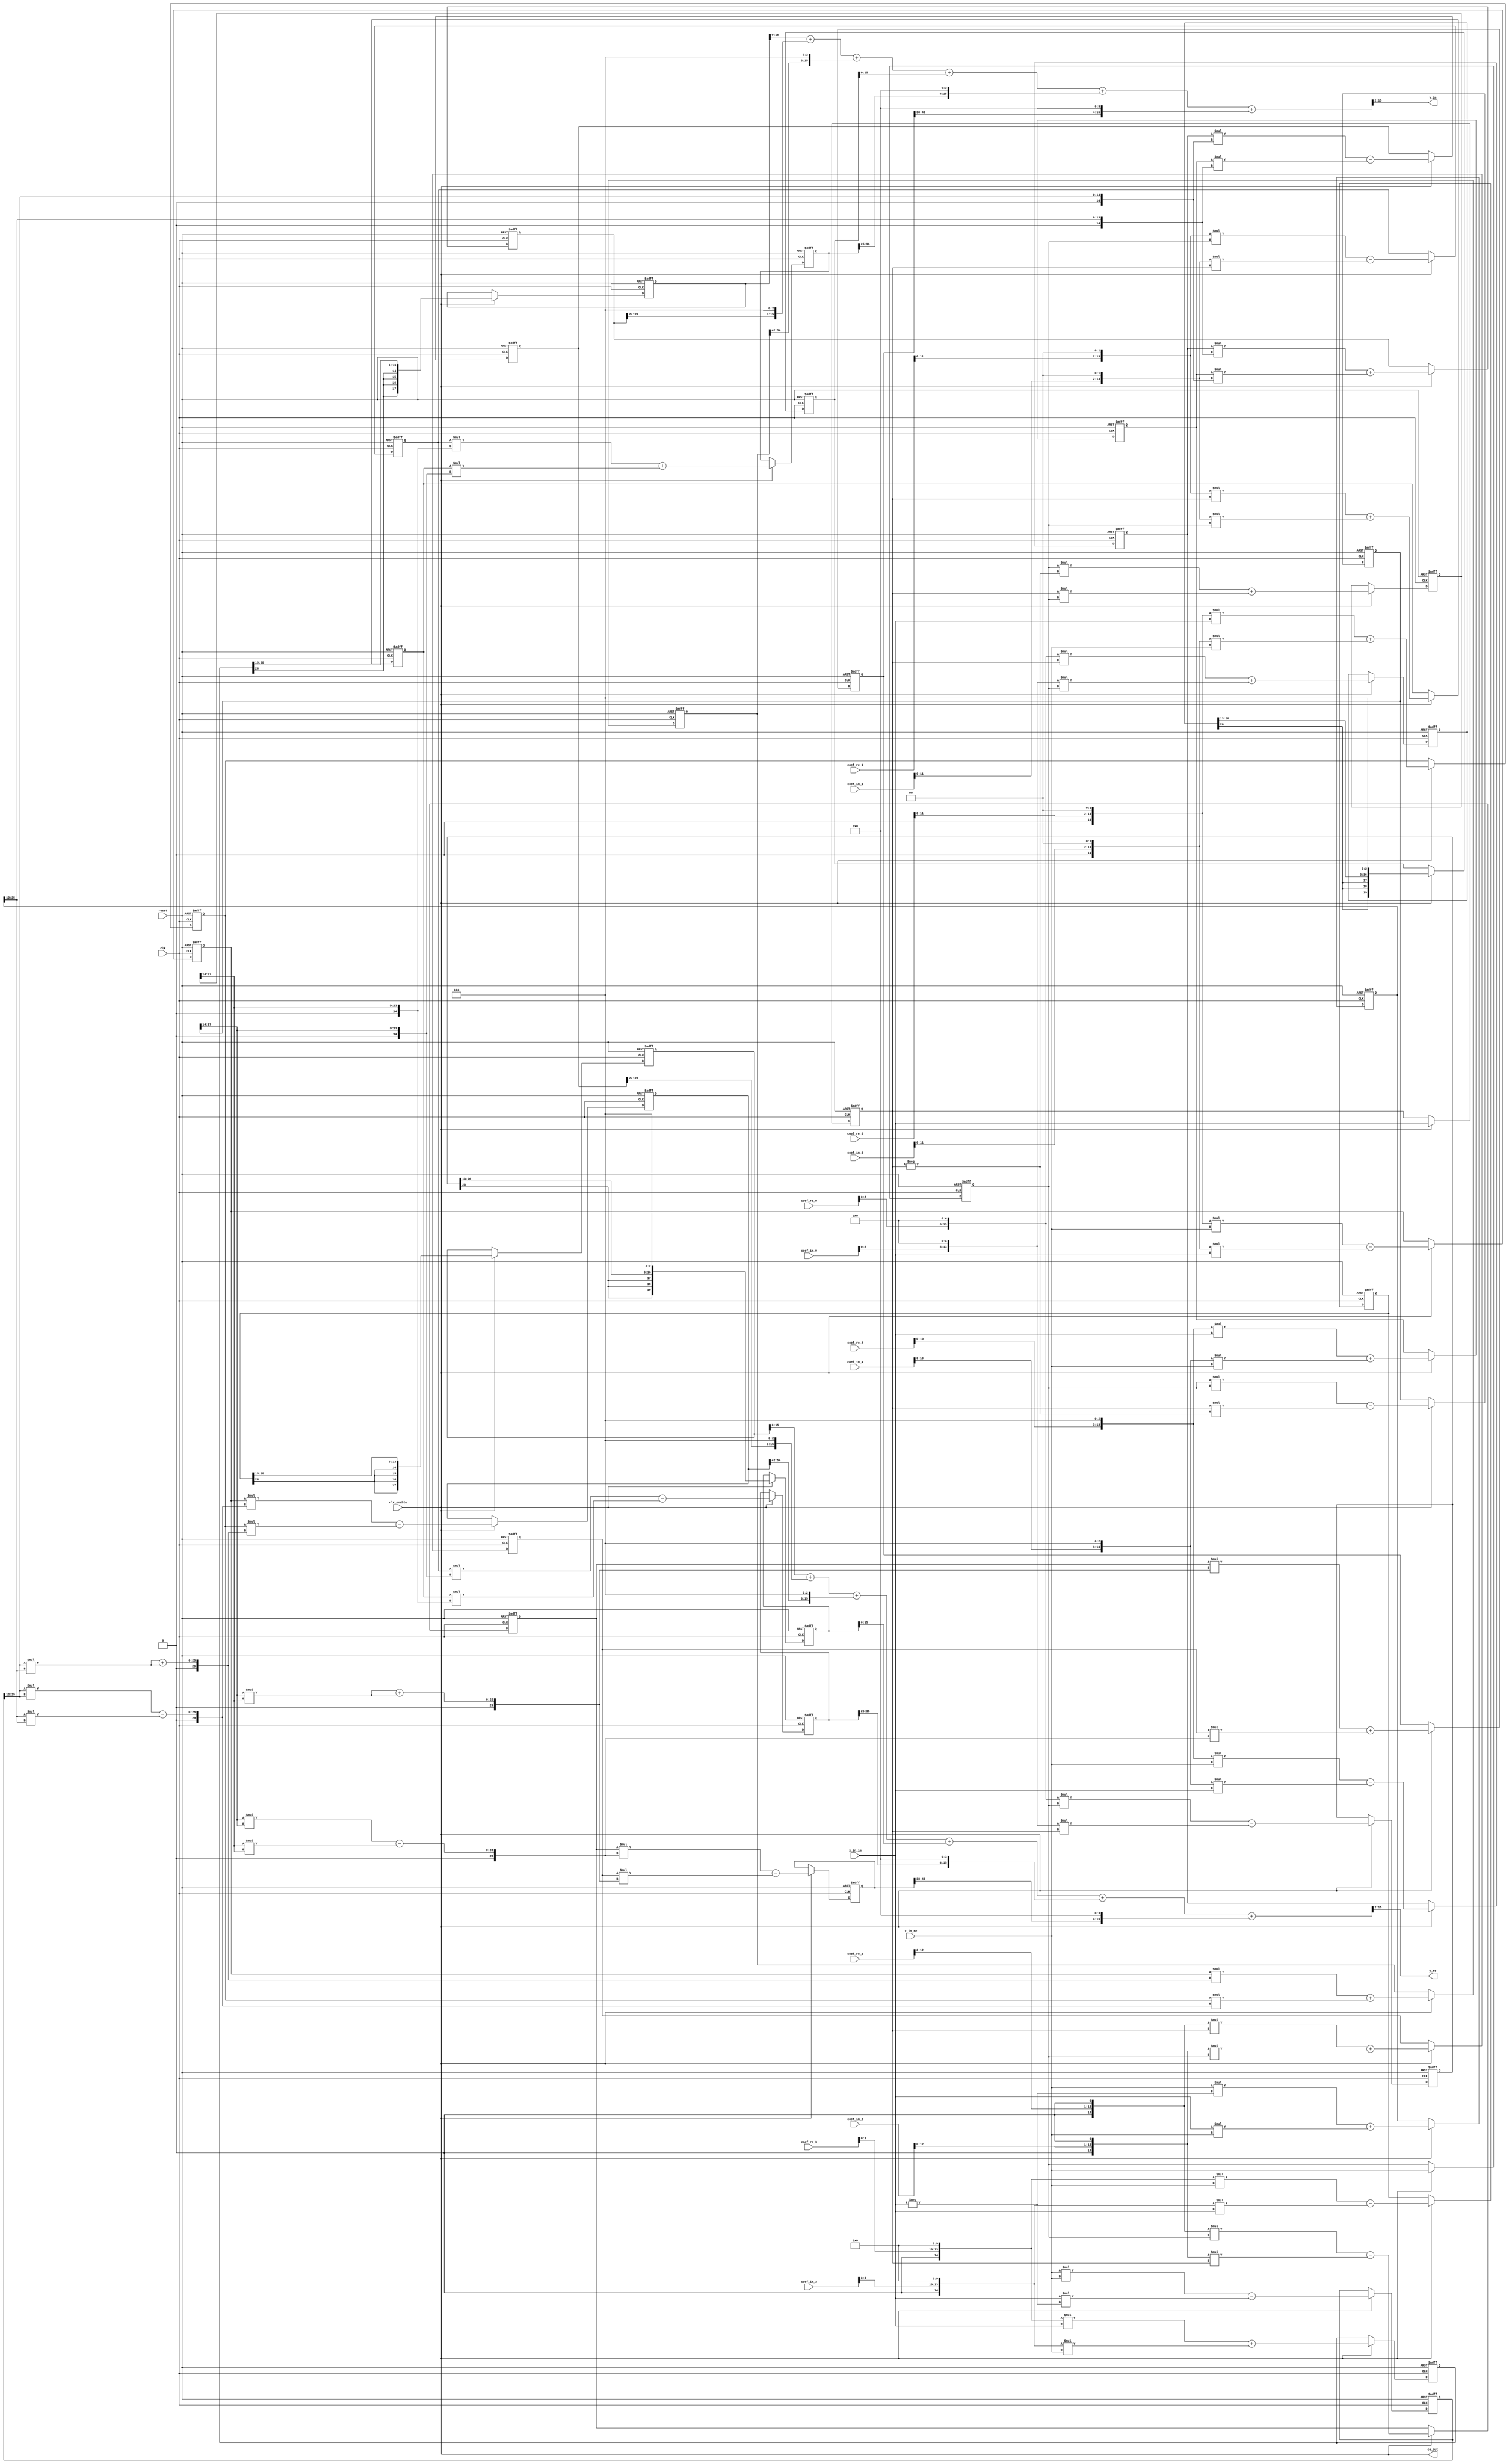
// -------------------------------------------------------------
// 
// 
// Generated by MATLAB 23.2, MATLAB Coder 23.2 and HDL Coder 23.2
// 
// 
// 
// -- -------------------------------------------------------------
// -- Rate and Clocking Details
// -- -------------------------------------------------------------
// Design base rate: 1
// 
// 
// Clock Enable  Sample Time
// -- -------------------------------------------------------------
// ce_out        1
// -- -------------------------------------------------------------
// 
// 
// Output Signal                 Clock Enable  Sample Time
// -- -------------------------------------------------------------
// y_re                          ce_out        1
// y_im                          ce_out        1
// -- -------------------------------------------------------------
// 
// -------------------------------------------------------------


// -------------------------------------------------------------
// 
// Module: Naive_opt_fixpt
// Source Path: Naive_opt_fixpt
// Hierarchy Level: 0
// 
// -------------------------------------------------------------

`timescale 1 ns / 1 ns

module Naive_opt
          (clk,
           reset,
           clk_enable,
           x_in_re,
           x_in_im,
           coef_re_0,
           coef_re_1,
           coef_re_2,
           coef_re_3,
           coef_re_4,
           coef_re_5,
           coef_im_0,
           coef_im_1,
           coef_im_2,
           coef_im_3,
           coef_im_4,
           coef_im_5,
           ce_out,
           y_re,
           y_im);


  input   clk;
  input   reset;
  input   clk_enable;
  input   signed [13:0] x_in_re;  // sfix14_En14
  input   signed [13:0] x_in_im;  // sfix14_En14
  input   signed [13:0] coef_re_0;  // sfix14_En4
  input   signed [13:0] coef_re_1;  // sfix14_En4
  input   signed [13:0] coef_re_2;  // sfix14_En4
  input   signed [13:0] coef_re_3;  // sfix14_En4
  input   signed [13:0] coef_re_4;  // sfix14_En4
  input   signed [13:0] coef_re_5;  // sfix14_En4
  input   signed [13:0] coef_im_0;  // sfix14_En4
  input   signed [13:0] coef_im_1;  // sfix14_En4
  input   signed [13:0] coef_im_2;  // sfix14_En4
  input   signed [13:0] coef_im_3;  // sfix14_En4
  input   signed [13:0] coef_im_4;  // sfix14_En4
  input   signed [13:0] coef_im_5;  // sfix14_En4
  output  ce_out;
  output  signed [13:0] y_re;  // sfix14_En11
  output  signed [13:0] y_im;  // sfix14_En11


  wire enb;
  wire signed [13:0] coef_re [0:2] [0:1];  // sfix14_En4 [3x2]
  wire signed [13:0] coef_im [0:2] [0:1];  // sfix14_En4 [3x2]
  reg signed [13:0] c258_coef_re [0:5];  // sfix14_En4 [6]
  reg signed [13:0] c258_coef_im [0:5];  // sfix14_En4 [6]
  wire signed [13:0] tmp_re;  // sfix14_En4
  wire signed [13:0] tmp_im;  // sfix14_En4
  wire [13:0] tmp_re_1;  // ufix14_En14
  wire [13:0] tmp_im_1;  // ufix14_En14
  wire [13:0] ar;  // ufix14_En14
  wire signed [13:0] br;  // sfix14_En14
  wire [13:0] ai;  // ufix14_En14
  wire signed [13:0] bi;  // sfix14_En14
  wire signed [14:0] multiplier_cast;  // sfix15_En14
  wire signed [28:0] multiplier_mul_temp;  // sfix29_En28
  wire signed [27:0] pr1;  // sfix28_En28
  wire signed [28:0] pr1in;  // sfix29_En28
  wire signed [14:0] multiplier_cast_1;  // sfix15_En14
  wire signed [28:0] multiplier_mul_temp_1;  // sfix29_En28
  wire signed [27:0] pr2;  // sfix28_En28
  wire signed [28:0] pr2in;  // sfix29_En28
  wire signed [28:0] pre;  // sfix29_En28
  wire signed [14:0] multiplier_cast_2;  // sfix15_En14
  wire signed [28:0] multiplier_mul_temp_2;  // sfix29_En28
  wire signed [27:0] pi1;  // sfix28_En28
  wire signed [28:0] pi1in;  // sfix29_En28
  wire signed [14:0] multiplier_cast_3;  // sfix15_En14
  wire signed [28:0] multiplier_mul_temp_3;  // sfix29_En28
  wire signed [27:0] pi2;  // sfix28_En28
  wire signed [28:0] pi2in;  // sfix29_En28
  wire signed [28:0] pim;  // sfix29_En28
  wire signed [28:0] tmp_re_2;  // sfix29_En28
  wire signed [28:0] tmp_im_2;  // sfix29_En28
  reg signed [28:0] tmp_re_3;  // sfix29_En28
  reg signed [28:0] tmp_im_3;  // sfix29_En28
  wire signed [13:0] tmp_re_4;  // sfix14_En13
  wire signed [13:0] tmp_im_4;  // sfix14_En13
  wire signed [17:0] tmp_re_5;  // sfix18_En13
  wire signed [17:0] tmp_im_5;  // sfix18_En13
  reg signed [17:0] tmp_re_6;  // sfix18_En13
  reg signed [17:0] tmp_im_6;  // sfix18_En13
  reg signed [13:0] c260_coef_re [0:5];  // sfix14_En4 [6]
  reg signed [13:0] c260_coef_im [0:5];  // sfix14_En4 [6]
  wire signed [13:0] tmp_re_7;  // sfix14_En4
  wire signed [13:0] tmp_im_7;  // sfix14_En4
  wire signed [13:0] tmp_re_8;  // sfix14_En7
  wire signed [13:0] tmp_im_8;  // sfix14_En7
  wire signed [13:0] ar_1;  // sfix14_En7
  wire signed [13:0] br_1;  // sfix14_En14
  wire signed [13:0] ai_1;  // sfix14_En7
  wire signed [13:0] bi_1;  // sfix14_En14
  wire signed [27:0] pr1_1;  // sfix28_En21
  wire signed [28:0] pr1in_1;  // sfix29_En21
  wire signed [27:0] pr2_1;  // sfix28_En21
  wire signed [28:0] pr2in_1;  // sfix29_En21
  wire signed [28:0] pre_1;  // sfix29_En21
  wire signed [27:0] pi1_1;  // sfix28_En21
  wire signed [28:0] pi1in_1;  // sfix29_En21
  wire signed [27:0] pi2_1;  // sfix28_En21
  wire signed [28:0] pi2in_1;  // sfix29_En21
  wire signed [28:0] pim_1;  // sfix29_En21
  wire signed [28:0] tmp_re_9;  // sfix29_En21
  wire signed [28:0] tmp_im_9;  // sfix29_En21
  wire signed [28:0] ar_2;  // sfix29_En21
  reg signed [28:0] ar_3;  // sfix29_En21
  wire signed [13:0] ar_4;  // sfix14_En14
  wire signed [13:0] tmp;  // sfix14_En14
  wire signed [14:0] p264tmp_cast;  // sfix15_En14
  wire signed [14:0] p264tmp_cast_1;  // sfix15_En14
  wire signed [13:0] tmp_re_10;  // sfix14_En14
  wire signed [13:0] tmp_im_10;  // sfix14_En14
  wire signed [13:0] br_2;  // sfix14_En14
  wire signed [13:0] ai_2;  // sfix14_En14
  wire signed [13:0] bi_2;  // sfix14_En14
  wire signed [27:0] pr1_2;  // sfix28_En28
  wire signed [28:0] pr1in_2;  // sfix29_En28
  wire signed [27:0] pr2_2;  // sfix28_En28
  wire signed [28:0] pr2in_2;  // sfix29_En28
  wire signed [28:0] pre_2;  // sfix29_En28
  wire signed [27:0] pi1_2;  // sfix28_En28
  wire signed [28:0] pi1in_2;  // sfix29_En28
  wire signed [27:0] pi2_2;  // sfix28_En28
  wire signed [28:0] pi2in_2;  // sfix29_En28
  wire signed [28:0] pim_2;  // sfix29_En28
  wire signed [28:0] tmp_re_11;  // sfix29_En28
  wire signed [28:0] tmp_im_11;  // sfix29_En28
  reg signed [28:0] tmp_re_12;  // sfix29_En28
  reg signed [28:0] tmp_im_12;  // sfix29_En28
  wire [13:0] tmp_re_13;  // ufix14_En16
  wire [13:0] tmp_im_13;  // ufix14_En16
  wire [13:0] br_3;  // ufix14_En16
  wire signed [28:0] ai_3;  // sfix29_En21
  reg signed [28:0] ai_4;  // sfix29_En21
  wire [13:0] bi_3;  // ufix14_En16
  wire signed [14:0] multiplier_cast_4;  // sfix15_En16
  wire signed [43:0] multiplier_mul_temp_4;  // sfix44_En37
  wire signed [42:0] pr1_3;  // sfix43_En37
  wire signed [43:0] pr1in_3;  // sfix44_En37
  wire signed [14:0] multiplier_cast_5;  // sfix15_En16
  wire signed [43:0] multiplier_mul_temp_5;  // sfix44_En37
  wire signed [42:0] pr2_3;  // sfix43_En37
  wire signed [43:0] pr2in_3;  // sfix44_En37
  wire signed [43:0] pre_3;  // sfix44_En37
  wire signed [14:0] multiplier_cast_6;  // sfix15_En16
  wire signed [43:0] multiplier_mul_temp_6;  // sfix44_En37
  wire signed [42:0] pi1_3;  // sfix43_En37
  wire signed [43:0] pi1in_3;  // sfix44_En37
  wire signed [14:0] multiplier_cast_7;  // sfix15_En16
  wire signed [43:0] multiplier_mul_temp_7;  // sfix44_En37
  wire signed [42:0] pi2_3;  // sfix43_En37
  wire signed [43:0] pi2in_3;  // sfix44_En37
  wire signed [43:0] pim_3;  // sfix44_En37
  wire signed [43:0] tmp_re_14;  // sfix44_En37
  wire signed [43:0] tmp_im_14;  // sfix44_En37
  reg signed [43:0] tmp_re_15;  // sfix44_En37
  reg signed [43:0] tmp_im_15;  // sfix44_En37
  wire signed [13:0] tmp_re_16;  // sfix14_En10
  wire signed [13:0] tmp_im_16;  // sfix14_En10
  wire signed [17:0] tmp_re_17;  // sfix18_En13
  wire signed [17:0] tmp_im_17;  // sfix18_En13
  wire signed [17:0] tmp_re_18;  // sfix18_En13
  wire signed [17:0] tmp_im_18;  // sfix18_En13
  wire signed [18:0] tmp_re_19;  // sfix19_En13
  wire signed [18:0] tmp_im_19;  // sfix19_En13
  reg signed [13:0] c262_coef_re [0:5];  // sfix14_En4 [6]
  reg signed [13:0] c262_coef_im [0:5];  // sfix14_En4 [6]
  wire signed [13:0] tmp_re_20;  // sfix14_En4
  wire signed [13:0] tmp_im_20;  // sfix14_En4
  wire [13:0] tmp_re_21;  // ufix14_En6
  wire [13:0] tmp_im_21;  // ufix14_En6
  wire [13:0] ar_5;  // ufix14_En6
  wire signed [13:0] br_4;  // sfix14_En14
  wire [13:0] ai_5;  // ufix14_En6
  wire signed [13:0] bi_4;  // sfix14_En14
  wire signed [14:0] multiplier_cast_8;  // sfix15_En6
  wire signed [28:0] multiplier_mul_temp_8;  // sfix29_En20
  wire signed [27:0] pr1_4;  // sfix28_En20
  wire signed [28:0] pr1in_4;  // sfix29_En20
  wire signed [14:0] multiplier_cast_9;  // sfix15_En6
  wire signed [28:0] multiplier_mul_temp_9;  // sfix29_En20
  wire signed [27:0] pr2_4;  // sfix28_En20
  wire signed [28:0] pr2in_4;  // sfix29_En20
  wire signed [28:0] pre_4;  // sfix29_En20
  wire signed [14:0] multiplier_cast_10;  // sfix15_En6
  wire signed [28:0] multiplier_mul_temp_10;  // sfix29_En20
  wire signed [27:0] pi1_4;  // sfix28_En20
  wire signed [28:0] pi1in_4;  // sfix29_En20
  wire signed [14:0] multiplier_cast_11;  // sfix15_En6
  wire signed [28:0] multiplier_mul_temp_11;  // sfix29_En20
  wire signed [27:0] pi2_4;  // sfix28_En20
  wire signed [28:0] pi2in_4;  // sfix29_En20
  wire signed [28:0] pim_4;  // sfix29_En20
  wire signed [28:0] tmp_re_22;  // sfix29_En20
  wire signed [28:0] tmp_im_22;  // sfix29_En20
  wire signed [28:0] ar_6;  // sfix29_En20
  reg signed [28:0] ar_7;  // sfix29_En20
  wire [13:0] ar_8;  // ufix14_En16
  wire [13:0] br_5;  // ufix14_En16
  wire [13:0] ai_6;  // ufix14_En16
  wire [13:0] bi_5;  // ufix14_En16
  wire [27:0] pr1_5;  // ufix28_En32
  wire [28:0] pr1in_5;  // ufix29_En32
  wire [27:0] pr2_5;  // ufix28_En32
  wire [28:0] pr2in_5;  // ufix29_En32
  wire [28:0] pre_5;  // ufix29_En32
  wire [27:0] pi1_5;  // ufix28_En32
  wire [28:0] pi1in_5;  // ufix29_En32
  wire [27:0] pi2_5;  // ufix28_En32
  wire [28:0] pi2in_5;  // ufix29_En32
  wire [28:0] pim_5;  // ufix29_En32
  wire [28:0] tmp_re_23;  // ufix29_En32
  wire [28:0] tmp_im_23;  // ufix29_En32
  wire [28:0] br_6;  // ufix29_En32
  wire signed [28:0] ai_7;  // sfix29_En20
  reg signed [28:0] ai_8;  // sfix29_En20
  wire [28:0] bi_6;  // ufix29_En32
  wire signed [29:0] multiplier_cast_12;  // sfix30_En32
  wire signed [58:0] multiplier_mul_temp_12;  // sfix59_En52
  wire signed [57:0] pr1_6;  // sfix58_En52
  wire signed [58:0] pr1in_6;  // sfix59_En52
  wire signed [29:0] multiplier_cast_13;  // sfix30_En32
  wire signed [58:0] multiplier_mul_temp_13;  // sfix59_En52
  wire signed [57:0] pr2_6;  // sfix58_En52
  wire signed [58:0] pr2in_6;  // sfix59_En52
  wire signed [58:0] pre_6;  // sfix59_En52
  wire signed [29:0] multiplier_cast_14;  // sfix30_En32
  wire signed [58:0] multiplier_mul_temp_14;  // sfix59_En52
  wire signed [57:0] pi1_6;  // sfix58_En52
  wire signed [58:0] pi1in_6;  // sfix59_En52
  wire signed [29:0] multiplier_cast_15;  // sfix30_En32
  wire signed [58:0] multiplier_mul_temp_15;  // sfix59_En52
  wire signed [57:0] pi2_6;  // sfix58_En52
  wire signed [58:0] pi2in_6;  // sfix59_En52
  wire signed [58:0] pim_6;  // sfix59_En52
  wire signed [58:0] tmp_re_24;  // sfix59_En52
  wire signed [58:0] tmp_im_24;  // sfix59_En52
  reg signed [58:0] tmp_re_25;  // sfix59_En52
  reg signed [58:0] tmp_im_25;  // sfix59_En52
  wire signed [13:0] tmp_re_26;  // sfix14_En10
  wire signed [13:0] tmp_im_26;  // sfix14_En10
  wire signed [18:0] tmp_re_27;  // sfix19_En13
  wire signed [18:0] tmp_im_27;  // sfix19_En13
  wire signed [18:0] tmp_re_28;  // sfix19_En13
  wire signed [18:0] tmp_im_28;  // sfix19_En13
  wire signed [19:0] tmp_re_29;  // sfix20_En13
  wire signed [19:0] tmp_im_29;  // sfix20_En13
  reg signed [13:0] c257_coef_re [0:5];  // sfix14_En4 [6]
  reg signed [13:0] c257_coef_im [0:5];  // sfix14_En4 [6]
  wire signed [13:0] tmp_re_30;  // sfix14_En4
  wire signed [13:0] tmp_im_30;  // sfix14_En4
  wire signed [13:0] tmp_re_31;  // sfix14_En9
  wire signed [13:0] tmp_im_31;  // sfix14_En9
  wire signed [13:0] ar_9;  // sfix14_En9
  reg signed [13:0] ud1_re;  // sfix14_En14
  reg signed [13:0] ud1_im;  // sfix14_En14
  wire signed [13:0] br_7;  // sfix14_En14
  wire signed [13:0] ai_9;  // sfix14_En9
  wire signed [13:0] bi_7;  // sfix14_En14
  wire signed [27:0] pr1_7;  // sfix28_En23
  wire signed [28:0] pr1in_7;  // sfix29_En23
  wire signed [27:0] pr2_7;  // sfix28_En23
  wire signed [28:0] pr2in_7;  // sfix29_En23
  wire signed [28:0] pre_7;  // sfix29_En23
  wire signed [27:0] pi1_7;  // sfix28_En23
  wire signed [28:0] pi1in_7;  // sfix29_En23
  wire signed [27:0] pi2_7;  // sfix28_En23
  wire signed [28:0] pi2in_7;  // sfix29_En23
  wire signed [28:0] pim_7;  // sfix29_En23
  wire signed [28:0] tmp_re_32;  // sfix29_En23
  wire signed [28:0] tmp_im_32;  // sfix29_En23
  reg signed [28:0] tmp_re_33;  // sfix29_En23
  reg signed [28:0] tmp_im_33;  // sfix29_En23
  wire signed [13:0] tmp_re_34;  // sfix14_En10
  wire signed [13:0] tmp_im_34;  // sfix14_En10
  wire signed [19:0] tmp_re_35;  // sfix20_En13
  wire signed [19:0] tmp_im_35;  // sfix20_En13
  reg signed [19:0] tmp_re_36;  // sfix20_En13
  reg signed [19:0] tmp_im_36;  // sfix20_En13
  wire signed [19:0] tmp_re_37;  // sfix20_En13
  wire signed [19:0] tmp_im_37;  // sfix20_En13
  wire signed [20:0] tmp_re_38;  // sfix21_En13
  wire signed [20:0] tmp_im_38;  // sfix21_En13
  reg signed [13:0] c259_coef_re [0:5];  // sfix14_En4 [6]
  reg signed [13:0] c259_coef_im [0:5];  // sfix14_En4 [6]
  wire signed [13:0] tmp_re_39;  // sfix14_En4
  wire signed [13:0] tmp_im_39;  // sfix14_En4
  wire signed [13:0] tmp_re_40;  // sfix14_En6
  wire signed [13:0] tmp_im_40;  // sfix14_En6
  wire signed [13:0] ar_10;  // sfix14_En6
  wire signed [13:0] br_8;  // sfix14_En14
  wire signed [13:0] ai_10;  // sfix14_En6
  wire signed [13:0] bi_8;  // sfix14_En14
  wire signed [27:0] pr1_8;  // sfix28_En20
  wire signed [28:0] pr1in_8;  // sfix29_En20
  wire signed [27:0] pr2_8;  // sfix28_En20
  wire signed [28:0] pr2in_8;  // sfix29_En20
  wire signed [28:0] pre_8;  // sfix29_En20
  wire signed [27:0] pi1_8;  // sfix28_En20
  wire signed [28:0] pi1in_8;  // sfix29_En20
  wire signed [27:0] pi2_8;  // sfix28_En20
  wire signed [28:0] pi2in_8;  // sfix29_En20
  wire signed [28:0] pim_8;  // sfix29_En20
  wire signed [28:0] tmp_re_41;  // sfix29_En20
  wire signed [28:0] tmp_im_41;  // sfix29_En20
  wire signed [28:0] ar_11;  // sfix29_En20
  reg signed [28:0] ar_12;  // sfix29_En20
  wire signed [13:0] ar_13;  // sfix14_En14
  wire signed [13:0] tmp_1;  // sfix14_En14
  wire signed [14:0] p272tmp_cast;  // sfix15_En14
  wire signed [14:0] p272tmp_cast_1;  // sfix15_En14
  wire signed [13:0] tmp_re_42;  // sfix14_En14
  wire signed [13:0] tmp_im_42;  // sfix14_En14
  wire signed [13:0] br_9;  // sfix14_En14
  wire signed [13:0] ai_11;  // sfix14_En14
  wire signed [13:0] bi_9;  // sfix14_En14
  wire signed [27:0] pr1_9;  // sfix28_En28
  wire signed [28:0] pr1in_9;  // sfix29_En28
  wire signed [27:0] pr2_9;  // sfix28_En28
  wire signed [28:0] pr2in_9;  // sfix29_En28
  wire signed [28:0] pre_9;  // sfix29_En28
  wire signed [27:0] pi1_9;  // sfix28_En28
  wire signed [28:0] pi1in_9;  // sfix29_En28
  wire signed [27:0] pi2_9;  // sfix28_En28
  wire signed [28:0] pi2in_9;  // sfix29_En28
  wire signed [28:0] pim_9;  // sfix29_En28
  wire signed [28:0] tmp_re_43;  // sfix29_En28
  wire signed [28:0] tmp_im_43;  // sfix29_En28
  reg signed [28:0] tmp_re_44;  // sfix29_En28
  reg signed [28:0] tmp_im_44;  // sfix29_En28
  wire [13:0] tmp_re_45;  // ufix14_En14
  wire [13:0] tmp_im_45;  // ufix14_En14
  wire [13:0] br_10;  // ufix14_En14
  wire signed [28:0] ai_12;  // sfix29_En20
  reg signed [28:0] ai_13;  // sfix29_En20
  wire [13:0] bi_10;  // ufix14_En14
  wire signed [14:0] multiplier_cast_16;  // sfix15_En14
  wire signed [43:0] multiplier_mul_temp_16;  // sfix44_En34
  wire signed [42:0] pr1_10;  // sfix43_En34
  wire signed [43:0] pr1in_10;  // sfix44_En34
  wire signed [14:0] multiplier_cast_17;  // sfix15_En14
  wire signed [43:0] multiplier_mul_temp_17;  // sfix44_En34
  wire signed [42:0] pr2_10;  // sfix43_En34
  wire signed [43:0] pr2in_10;  // sfix44_En34
  wire signed [43:0] pre_10;  // sfix44_En34
  wire signed [14:0] multiplier_cast_18;  // sfix15_En14
  wire signed [43:0] multiplier_mul_temp_18;  // sfix44_En34
  wire signed [42:0] pi1_10;  // sfix43_En34
  wire signed [43:0] pi1in_10;  // sfix44_En34
  wire signed [14:0] multiplier_cast_19;  // sfix15_En14
  wire signed [43:0] multiplier_mul_temp_19;  // sfix44_En34
  wire signed [42:0] pi2_10;  // sfix43_En34
  wire signed [43:0] pi2in_10;  // sfix44_En34
  wire signed [43:0] pim_10;  // sfix44_En34
  wire signed [43:0] tmp_re_46;  // sfix44_En34
  wire signed [43:0] tmp_im_46;  // sfix44_En34
  reg signed [43:0] tmp_re_47;  // sfix44_En34
  reg signed [43:0] tmp_im_47;  // sfix44_En34
  wire signed [13:0] tmp_re_48;  // sfix14_En9
  wire signed [13:0] tmp_im_48;  // sfix14_En9
  wire signed [20:0] tmp_re_49;  // sfix21_En13
  wire signed [20:0] tmp_im_49;  // sfix21_En13
  wire signed [20:0] tmp_re_50;  // sfix21_En13
  wire signed [20:0] tmp_im_50;  // sfix21_En13
  wire signed [21:0] tmp_re_51;  // sfix22_En13
  wire signed [21:0] tmp_im_51;  // sfix22_En13
  reg signed [13:0] c261_coef_re [0:5];  // sfix14_En4 [6]
  reg signed [13:0] c261_coef_im [0:5];  // sfix14_En4 [6]
  wire signed [13:0] tmp_re_52;  // sfix14_En4
  wire signed [13:0] tmp_im_52;  // sfix14_En4
  wire [13:0] tmp_re_53;  // ufix14_En5
  wire [13:0] tmp_im_53;  // ufix14_En5
  wire [13:0] ar_14;  // ufix14_En5
  wire signed [13:0] br_11;  // sfix14_En14
  wire [13:0] ai_14;  // ufix14_En5
  wire signed [13:0] bi_11;  // sfix14_En14
  wire signed [14:0] multiplier_cast_20;  // sfix15_En5
  wire signed [28:0] multiplier_mul_temp_20;  // sfix29_En19
  wire signed [27:0] pr1_11;  // sfix28_En19
  wire signed [28:0] pr1in_11;  // sfix29_En19
  wire signed [14:0] multiplier_cast_21;  // sfix15_En5
  wire signed [28:0] multiplier_mul_temp_21;  // sfix29_En19
  wire signed [27:0] pr2_11;  // sfix28_En19
  wire signed [28:0] pr2in_11;  // sfix29_En19
  wire signed [28:0] pre_11;  // sfix29_En19
  wire signed [14:0] multiplier_cast_22;  // sfix15_En5
  wire signed [28:0] multiplier_mul_temp_22;  // sfix29_En19
  wire signed [27:0] pi1_11;  // sfix28_En19
  wire signed [28:0] pi1in_11;  // sfix29_En19
  wire signed [14:0] multiplier_cast_23;  // sfix15_En5
  wire signed [28:0] multiplier_mul_temp_23;  // sfix29_En19
  wire signed [27:0] pi2_11;  // sfix28_En19
  wire signed [28:0] pi2in_11;  // sfix29_En19
  wire signed [28:0] pim_11;  // sfix29_En19
  wire signed [28:0] tmp_re_54;  // sfix29_En19
  wire signed [28:0] tmp_im_54;  // sfix29_En19
  wire signed [28:0] ar_15;  // sfix29_En19
  reg signed [28:0] ar_16;  // sfix29_En19
  wire [13:0] ar_17;  // ufix14_En14
  wire [13:0] br_12;  // ufix14_En14
  wire [13:0] ai_15;  // ufix14_En14
  wire [13:0] bi_12;  // ufix14_En14
  wire [27:0] pr1_12;  // ufix28_En28
  wire [28:0] pr1in_12;  // ufix29_En28
  wire [27:0] pr2_12;  // ufix28_En28
  wire [28:0] pr2in_12;  // ufix29_En28
  wire [28:0] pre_12;  // ufix29_En28
  wire [27:0] pi1_12;  // ufix28_En28
  wire [28:0] pi1in_12;  // ufix29_En28
  wire [27:0] pi2_12;  // ufix28_En28
  wire [28:0] pi2in_12;  // ufix29_En28
  wire [28:0] pim_12;  // ufix29_En28
  wire [28:0] tmp_re_55;  // ufix29_En28
  wire [28:0] tmp_im_55;  // ufix29_En28
  wire [28:0] br_13;  // ufix29_En28
  wire signed [28:0] ai_16;  // sfix29_En19
  reg signed [28:0] ai_17;  // sfix29_En19
  wire [28:0] bi_13;  // ufix29_En28
  wire signed [29:0] multiplier_cast_24;  // sfix30_En28
  wire signed [58:0] multiplier_mul_temp_24;  // sfix59_En47
  wire signed [57:0] pr1_13;  // sfix58_En47
  wire signed [58:0] pr1in_13;  // sfix59_En47
  wire signed [29:0] multiplier_cast_25;  // sfix30_En28
  wire signed [58:0] multiplier_mul_temp_25;  // sfix59_En47
  wire signed [57:0] pr2_13;  // sfix58_En47
  wire signed [58:0] pr2in_13;  // sfix59_En47
  wire signed [58:0] pre_13;  // sfix59_En47
  wire signed [29:0] multiplier_cast_26;  // sfix30_En28
  wire signed [58:0] multiplier_mul_temp_26;  // sfix59_En47
  wire signed [57:0] pi1_13;  // sfix58_En47
  wire signed [58:0] pi1in_13;  // sfix59_En47
  wire signed [29:0] multiplier_cast_27;  // sfix30_En28
  wire signed [58:0] multiplier_mul_temp_27;  // sfix59_En47
  wire signed [57:0] pi2_13;  // sfix58_En47
  wire signed [58:0] pi2in_13;  // sfix59_En47
  wire signed [58:0] pim_13;  // sfix59_En47
  wire signed [58:0] tmp_re_56;  // sfix59_En47
  wire signed [58:0] tmp_im_56;  // sfix59_En47
  reg signed [58:0] tmp_re_57;  // sfix59_En47
  reg signed [58:0] tmp_im_57;  // sfix59_En47
  wire signed [13:0] tmp_re_58;  // sfix14_En9
  wire signed [13:0] tmp_im_58;  // sfix14_En9
  wire signed [21:0] tmp_re_59;  // sfix22_En13
  wire signed [21:0] tmp_im_59;  // sfix22_En13
  wire signed [21:0] tmp_re_60;  // sfix22_En13
  wire signed [21:0] tmp_im_60;  // sfix22_En13


  assign coef_re[0][0] = coef_re_0;
  assign coef_re[1][0] = coef_re_1;
  assign coef_re[2][0] = coef_re_2;
  assign coef_re[0][1] = coef_re_3;
  assign coef_re[1][1] = coef_re_4;
  assign coef_re[2][1] = coef_re_5;

  assign coef_im[0][0] = coef_im_0;
  assign coef_im[1][0] = coef_im_1;
  assign coef_im[2][0] = coef_im_2;
  assign coef_im[0][1] = coef_im_3;
  assign coef_im[1][1] = coef_im_4;
  assign coef_im[2][1] = coef_im_5;

  always @* begin
    c258_coef_re[0] = coef_re[0][0];
    c258_coef_im[0] = coef_im[0][0];
    c258_coef_re[1] = coef_re[1][0];
    c258_coef_im[1] = coef_im[1][0];
    c258_coef_re[2] = coef_re[2][0];
    c258_coef_im[2] = coef_im[2][0];
    c258_coef_re[3] = coef_re[0][1];
    c258_coef_im[3] = coef_im[0][1];
    c258_coef_re[4] = coef_re[1][1];
    c258_coef_im[4] = coef_im[1][1];
    c258_coef_re[5] = coef_re[2][1];
    c258_coef_im[5] = coef_im[2][1];
  end



  assign tmp_re = c258_coef_re[3];
  assign tmp_im = c258_coef_im[3];



  assign tmp_re_1 = {tmp_re[3:0], 10'b0000000000};
  assign tmp_im_1 = {tmp_im[3:0], 10'b0000000000};



  // nonlinear part
  assign ar = tmp_re_1;



  assign br = x_in_re;



  assign ai = tmp_im_1;



  assign bi = x_in_im;



  assign multiplier_cast = {1'b0, ar};
  assign multiplier_mul_temp = multiplier_cast * br;
  assign pr1 = multiplier_mul_temp[27:0];



  assign pr1in = {pr1[27], pr1};



  assign multiplier_cast_1 = {1'b0, ai};
  assign multiplier_mul_temp_1 = multiplier_cast_1 * bi;
  assign pr2 = multiplier_mul_temp_1[27:0];



  assign pr2in = {pr2[27], pr2};



  assign pre = pr1in - pr2in;



  assign multiplier_cast_2 = {1'b0, ar};
  assign multiplier_mul_temp_2 = multiplier_cast_2 * bi;
  assign pi1 = multiplier_mul_temp_2[27:0];



  assign pi1in = {pi1[27], pi1};



  assign multiplier_cast_3 = {1'b0, ai};
  assign multiplier_mul_temp_3 = multiplier_cast_3 * br;
  assign pi2 = multiplier_mul_temp_3[27:0];



  assign pi2in = {pi2[27], pi2};



  assign pim = pi1in + pi2in;



  assign tmp_re_2 = pre;
  assign tmp_im_2 = pim;



  assign enb = clk_enable;

  always @(posedge clk or posedge reset)
    begin : buff_out_pipe_process
      if (reset == 1'b1) begin
        tmp_re_3 <= 29'sb00000000000000000000000000000;
        tmp_im_3 <= 29'sb00000000000000000000000000000;
      end
      else begin
        if (enb) begin
          tmp_re_3 <= tmp_re_2;
          tmp_im_3 <= tmp_im_2;
        end
      end
    end



  assign tmp_re_4 = tmp_re_3[28:15];
  assign tmp_im_4 = tmp_im_3[28:15];



  assign tmp_re_5 = {{4{tmp_re_4[13]}}, tmp_re_4};
  assign tmp_im_5 = {{4{tmp_im_4[13]}}, tmp_im_4};



  always @(posedge clk or posedge reset)
    begin : delayMatch_process
      if (reset == 1'b1) begin
        tmp_re_6 <= 18'sb000000000000000000;
        tmp_im_6 <= 18'sb000000000000000000;
      end
      else begin
        if (enb) begin
          tmp_re_6 <= tmp_re_5;
          tmp_im_6 <= tmp_im_5;
        end
      end
    end



  always @* begin
    c260_coef_re[0] = coef_re[0][0];
    c260_coef_im[0] = coef_im[0][0];
    c260_coef_re[1] = coef_re[1][0];
    c260_coef_im[1] = coef_im[1][0];
    c260_coef_re[2] = coef_re[2][0];
    c260_coef_im[2] = coef_im[2][0];
    c260_coef_re[3] = coef_re[0][1];
    c260_coef_im[3] = coef_im[0][1];
    c260_coef_re[4] = coef_re[1][1];
    c260_coef_im[4] = coef_im[1][1];
    c260_coef_re[5] = coef_re[2][1];
    c260_coef_im[5] = coef_im[2][1];
  end



  assign tmp_re_7 = c260_coef_re[4];
  assign tmp_im_7 = c260_coef_im[4];



  assign tmp_re_8 = {tmp_re_7[10:0], 3'b000};
  assign tmp_im_8 = {tmp_im_7[10:0], 3'b000};



  assign ar_1 = tmp_re_8;



  assign br_1 = x_in_re;



  assign ai_1 = tmp_im_8;



  assign bi_1 = x_in_im;



  assign pr1_1 = ar_1 * br_1;



  assign pr1in_1 = {pr1_1[27], pr1_1};



  assign pr2_1 = ai_1 * bi_1;



  assign pr2in_1 = {pr2_1[27], pr2_1};



  assign pre_1 = pr1in_1 - pr2in_1;



  assign pi1_1 = ar_1 * bi_1;



  assign pi1in_1 = {pi1_1[27], pi1_1};



  assign pi2_1 = ai_1 * br_1;



  assign pi2in_1 = {pi2_1[27], pi2_1};



  assign pim_1 = pi1in_1 + pi2in_1;



  assign tmp_re_9 = pre_1;
  assign tmp_im_9 = pim_1;



  assign ar_2 = tmp_re_9;



  always @(posedge clk or posedge reset)
    begin : reduced_process
      if (reset == 1'b1) begin
        ar_3 <= 29'sb00000000000000000000000000000;
      end
      else begin
        if (enb) begin
          ar_3 <= ar_2;
        end
      end
    end



  assign ar_4 = x_in_re;



  // module
  // 
  // 
  // 
  assign p264tmp_cast = {x_in_im[13], x_in_im};
  assign p264tmp_cast_1 =  - (p264tmp_cast);
  assign tmp = p264tmp_cast_1[13:0];



  assign tmp_re_10 = x_in_re;
  assign tmp_im_10 = tmp;



  assign br_2 = tmp_re_10;



  assign ai_2 = x_in_im;



  assign bi_2 = tmp_im_10;



  assign pr1_2 = ar_4 * br_2;



  assign pr1in_2 = {pr1_2[27], pr1_2};



  assign pr2_2 = ai_2 * bi_2;



  assign pr2in_2 = {pr2_2[27], pr2_2};



  assign pre_2 = pr1in_2 - pr2in_2;



  assign pi1_2 = ar_4 * bi_2;



  assign pi1in_2 = {pi1_2[27], pi1_2};



  assign pi2_2 = ai_2 * br_2;



  assign pi2in_2 = {pi2_2[27], pi2_2};



  assign pim_2 = pi1in_2 + pi2in_2;



  assign tmp_re_11 = pre_2;
  assign tmp_im_11 = pim_2;



  always @(posedge clk or posedge reset)
    begin : buff_out_pipe_1_process
      if (reset == 1'b1) begin
        tmp_re_12 <= 29'sb00000000000000000000000000000;
        tmp_im_12 <= 29'sb00000000000000000000000000000;
      end
      else begin
        if (enb) begin
          tmp_re_12 <= tmp_re_11;
          tmp_im_12 <= tmp_im_11;
        end
      end
    end



  assign tmp_re_13 = tmp_re_12[25:12];
  assign tmp_im_13 = tmp_im_12[25:12];



  assign br_3 = tmp_re_13;



  assign ai_3 = tmp_im_9;



  always @(posedge clk or posedge reset)
    begin : reduced_1_process
      if (reset == 1'b1) begin
        ai_4 <= 29'sb00000000000000000000000000000;
      end
      else begin
        if (enb) begin
          ai_4 <= ai_3;
        end
      end
    end



  assign bi_3 = tmp_im_13;



  assign multiplier_cast_4 = {1'b0, br_3};
  assign multiplier_mul_temp_4 = ar_3 * multiplier_cast_4;
  assign pr1_3 = multiplier_mul_temp_4[42:0];



  assign pr1in_3 = {pr1_3[42], pr1_3};



  assign multiplier_cast_5 = {1'b0, bi_3};
  assign multiplier_mul_temp_5 = ai_4 * multiplier_cast_5;
  assign pr2_3 = multiplier_mul_temp_5[42:0];



  assign pr2in_3 = {pr2_3[42], pr2_3};



  assign pre_3 = pr1in_3 - pr2in_3;



  assign multiplier_cast_6 = {1'b0, bi_3};
  assign multiplier_mul_temp_6 = ar_3 * multiplier_cast_6;
  assign pi1_3 = multiplier_mul_temp_6[42:0];



  assign pi1in_3 = {pi1_3[42], pi1_3};



  assign multiplier_cast_7 = {1'b0, br_3};
  assign multiplier_mul_temp_7 = ai_4 * multiplier_cast_7;
  assign pi2_3 = multiplier_mul_temp_7[42:0];



  assign pi2in_3 = {pi2_3[42], pi2_3};



  assign pim_3 = pi1in_3 + pi2in_3;



  assign tmp_re_14 = pre_3;
  assign tmp_im_14 = pim_3;



  always @(posedge clk or posedge reset)
    begin : buff_out_pipe_2_process
      if (reset == 1'b1) begin
        tmp_re_15 <= 44'sh00000000000;
        tmp_im_15 <= 44'sh00000000000;
      end
      else begin
        if (enb) begin
          tmp_re_15 <= tmp_re_14;
          tmp_im_15 <= tmp_im_14;
        end
      end
    end



  assign tmp_re_16 = tmp_re_15[40:27];
  assign tmp_im_16 = tmp_im_15[40:27];



  assign tmp_re_17 = {tmp_re_16[13], {tmp_re_16, 3'b000}};
  assign tmp_im_17 = {tmp_im_16[13], {tmp_im_16, 3'b000}};



  assign tmp_re_18 = tmp_re_6 + tmp_re_17;
  assign tmp_im_18 = tmp_im_6 + tmp_im_17;



  assign tmp_re_19 = {tmp_re_18[17], tmp_re_18};
  assign tmp_im_19 = {tmp_im_18[17], tmp_im_18};



  always @* begin
    c262_coef_re[0] = coef_re[0][0];
    c262_coef_im[0] = coef_im[0][0];
    c262_coef_re[1] = coef_re[1][0];
    c262_coef_im[1] = coef_im[1][0];
    c262_coef_re[2] = coef_re[2][0];
    c262_coef_im[2] = coef_im[2][0];
    c262_coef_re[3] = coef_re[0][1];
    c262_coef_im[3] = coef_im[0][1];
    c262_coef_re[4] = coef_re[1][1];
    c262_coef_im[4] = coef_im[1][1];
    c262_coef_re[5] = coef_re[2][1];
    c262_coef_im[5] = coef_im[2][1];
  end



  assign tmp_re_20 = c262_coef_re[5];
  assign tmp_im_20 = c262_coef_im[5];



  assign tmp_re_21 = {tmp_re_20[11:0], 2'b00};
  assign tmp_im_21 = {tmp_im_20[11:0], 2'b00};



  assign ar_5 = tmp_re_21;



  assign br_4 = x_in_re;



  assign ai_5 = tmp_im_21;



  assign bi_4 = x_in_im;



  assign multiplier_cast_8 = {1'b0, ar_5};
  assign multiplier_mul_temp_8 = multiplier_cast_8 * br_4;
  assign pr1_4 = multiplier_mul_temp_8[27:0];



  assign pr1in_4 = {pr1_4[27], pr1_4};



  assign multiplier_cast_9 = {1'b0, ai_5};
  assign multiplier_mul_temp_9 = multiplier_cast_9 * bi_4;
  assign pr2_4 = multiplier_mul_temp_9[27:0];



  assign pr2in_4 = {pr2_4[27], pr2_4};



  assign pre_4 = pr1in_4 - pr2in_4;



  assign multiplier_cast_10 = {1'b0, ar_5};
  assign multiplier_mul_temp_10 = multiplier_cast_10 * bi_4;
  assign pi1_4 = multiplier_mul_temp_10[27:0];



  assign pi1in_4 = {pi1_4[27], pi1_4};



  assign multiplier_cast_11 = {1'b0, ai_5};
  assign multiplier_mul_temp_11 = multiplier_cast_11 * br_4;
  assign pi2_4 = multiplier_mul_temp_11[27:0];



  assign pi2in_4 = {pi2_4[27], pi2_4};



  assign pim_4 = pi1in_4 + pi2in_4;



  assign tmp_re_22 = pre_4;
  assign tmp_im_22 = pim_4;



  assign ar_6 = tmp_re_22;



  always @(posedge clk or posedge reset)
    begin : reduced_2_process
      if (reset == 1'b1) begin
        ar_7 <= 29'sb00000000000000000000000000000;
      end
      else begin
        if (enb) begin
          ar_7 <= ar_6;
        end
      end
    end



  assign ar_8 = tmp_re_13;



  assign br_5 = tmp_re_13;



  assign ai_6 = tmp_im_13;



  assign bi_5 = tmp_im_13;



  assign pr1_5 = ar_8 * br_5;



  assign pr1in_5 = {1'b0, pr1_5};



  assign pr2_5 = ai_6 * bi_5;



  assign pr2in_5 = {1'b0, pr2_5};



  assign pre_5 = pr1in_5 - pr2in_5;



  assign pi1_5 = ar_8 * bi_5;



  assign pi1in_5 = {1'b0, pi1_5};



  assign pi2_5 = ai_6 * br_5;



  assign pi2in_5 = {1'b0, pi2_5};



  assign pim_5 = pi1in_5 + pi2in_5;



  assign tmp_re_23 = pre_5;
  assign tmp_im_23 = pim_5;



  assign br_6 = tmp_re_23;



  assign ai_7 = tmp_im_22;



  always @(posedge clk or posedge reset)
    begin : reduced_3_process
      if (reset == 1'b1) begin
        ai_8 <= 29'sb00000000000000000000000000000;
      end
      else begin
        if (enb) begin
          ai_8 <= ai_7;
        end
      end
    end



  assign bi_6 = tmp_im_23;



  assign multiplier_cast_12 = {1'b0, br_6};
  assign multiplier_mul_temp_12 = ar_7 * multiplier_cast_12;
  assign pr1_6 = multiplier_mul_temp_12[57:0];



  assign pr1in_6 = {pr1_6[57], pr1_6};



  assign multiplier_cast_13 = {1'b0, bi_6};
  assign multiplier_mul_temp_13 = ai_8 * multiplier_cast_13;
  assign pr2_6 = multiplier_mul_temp_13[57:0];



  assign pr2in_6 = {pr2_6[57], pr2_6};



  assign pre_6 = pr1in_6 - pr2in_6;



  assign multiplier_cast_14 = {1'b0, bi_6};
  assign multiplier_mul_temp_14 = ar_7 * multiplier_cast_14;
  assign pi1_6 = multiplier_mul_temp_14[57:0];



  assign pi1in_6 = {pi1_6[57], pi1_6};



  assign multiplier_cast_15 = {1'b0, br_6};
  assign multiplier_mul_temp_15 = ai_8 * multiplier_cast_15;
  assign pi2_6 = multiplier_mul_temp_15[57:0];



  assign pi2in_6 = {pi2_6[57], pi2_6};



  assign pim_6 = pi1in_6 + pi2in_6;



  assign tmp_re_24 = pre_6;
  assign tmp_im_24 = pim_6;



  always @(posedge clk or posedge reset)
    begin : buff_out_pipe_3_process
      if (reset == 1'b1) begin
        tmp_re_25 <= 59'sh000000000000000;
        tmp_im_25 <= 59'sh000000000000000;
      end
      else begin
        if (enb) begin
          tmp_re_25 <= tmp_re_24;
          tmp_im_25 <= tmp_im_24;
        end
      end
    end



  assign tmp_re_26 = tmp_re_25[55:42];
  assign tmp_im_26 = tmp_im_25[55:42];



  assign tmp_re_27 = {{2{tmp_re_26[13]}}, {tmp_re_26, 3'b000}};
  assign tmp_im_27 = {{2{tmp_im_26[13]}}, {tmp_im_26, 3'b000}};



  assign tmp_re_28 = tmp_re_19 + tmp_re_27;
  assign tmp_im_28 = tmp_im_19 + tmp_im_27;



  assign tmp_re_29 = {tmp_re_28[18], tmp_re_28};
  assign tmp_im_29 = {tmp_im_28[18], tmp_im_28};



  always @* begin
    c257_coef_re[0] = coef_re[0][0];
    c257_coef_im[0] = coef_im[0][0];
    c257_coef_re[1] = coef_re[1][0];
    c257_coef_im[1] = coef_im[1][0];
    c257_coef_re[2] = coef_re[2][0];
    c257_coef_im[2] = coef_im[2][0];
    c257_coef_re[3] = coef_re[0][1];
    c257_coef_im[3] = coef_im[0][1];
    c257_coef_re[4] = coef_re[1][1];
    c257_coef_im[4] = coef_im[1][1];
    c257_coef_re[5] = coef_re[2][1];
    c257_coef_im[5] = coef_im[2][1];
  end



  // HDL code generation from MATLAB function: Naive_opt_fixpt
  // %%%%%%%%%%%%%%%%%%%%%%%%%%%%%%%%%%%%%%%%%%%%%%%%%%%%%%%%%%%%%%%%%%%%%%%%%%%
  //                                                                          %
  //          Generated by MATLAB 23.2 and Fixed-Point Designer 23.2          %
  //                                                                          %
  // %%%%%%%%%%%%%%%%%%%%%%%%%%%%%%%%%%%%%%%%%%%%%%%%%%%%%%%%%%%%%%%%%%%%%%%%%%%
  // Memory Polynomial Model
  // x_in: Input signal array of length N
  // coefficients: KxM matrix of coefficients
  // M: Memory depth
  // K: Non-linearity order
  // 
  // 
  // persistent ud1 ud2 for memory
  // coefficient value 
  assign tmp_re_30 = c257_coef_re[0];
  assign tmp_im_30 = c257_coef_im[0];



  assign tmp_re_31 = {tmp_re_30[8:0], 5'b00000};
  assign tmp_im_31 = {tmp_im_30[8:0], 5'b00000};



  assign ar_9 = tmp_re_31;



  always @(posedge clk or posedge reset)
    begin : ud1_reg_process
      if (reset == 1'b1) begin
        ud1_re <= 14'sb00000000000000;
        ud1_im <= 14'sb00000000000000;
      end
      else begin
        if (enb) begin
          ud1_re <= x_in_re;
          ud1_im <= x_in_im;
        end
      end
    end



  assign br_7 = ud1_re;



  assign ai_9 = tmp_im_31;



  assign bi_7 = ud1_im;



  assign pr1_7 = ar_9 * br_7;



  assign pr1in_7 = {pr1_7[27], pr1_7};



  assign pr2_7 = ai_9 * bi_7;



  assign pr2in_7 = {pr2_7[27], pr2_7};



  assign pre_7 = pr1in_7 - pr2in_7;



  assign pi1_7 = ar_9 * bi_7;



  assign pi1in_7 = {pi1_7[27], pi1_7};



  assign pi2_7 = ai_9 * br_7;



  assign pi2in_7 = {pi2_7[27], pi2_7};



  assign pim_7 = pi1in_7 + pi2in_7;



  assign tmp_re_32 = pre_7;
  assign tmp_im_32 = pim_7;



  always @(posedge clk or posedge reset)
    begin : buff_out_pipe_4_process
      if (reset == 1'b1) begin
        tmp_re_33 <= 29'sb00000000000000000000000000000;
        tmp_im_33 <= 29'sb00000000000000000000000000000;
      end
      else begin
        if (enb) begin
          tmp_re_33 <= tmp_re_32;
          tmp_im_33 <= tmp_im_32;
        end
      end
    end



  assign tmp_re_34 = tmp_re_33[26:13];
  assign tmp_im_34 = tmp_im_33[26:13];



  assign tmp_re_35 = {{3{tmp_re_34[13]}}, {tmp_re_34, 3'b000}};
  assign tmp_im_35 = {{3{tmp_im_34[13]}}, {tmp_im_34, 3'b000}};



  always @(posedge clk or posedge reset)
    begin : delayMatch_1_process
      if (reset == 1'b1) begin
        tmp_re_36 <= 20'sb00000000000000000000;
        tmp_im_36 <= 20'sb00000000000000000000;
      end
      else begin
        if (enb) begin
          tmp_re_36 <= tmp_re_35;
          tmp_im_36 <= tmp_im_35;
        end
      end
    end



  assign tmp_re_37 = tmp_re_29 + tmp_re_36;
  assign tmp_im_37 = tmp_im_29 + tmp_im_36;



  assign tmp_re_38 = {tmp_re_37[19], tmp_re_37};
  assign tmp_im_38 = {tmp_im_37[19], tmp_im_37};



  always @* begin
    c259_coef_re[0] = coef_re[0][0];
    c259_coef_im[0] = coef_im[0][0];
    c259_coef_re[1] = coef_re[1][0];
    c259_coef_im[1] = coef_im[1][0];
    c259_coef_re[2] = coef_re[2][0];
    c259_coef_im[2] = coef_im[2][0];
    c259_coef_re[3] = coef_re[0][1];
    c259_coef_im[3] = coef_im[0][1];
    c259_coef_re[4] = coef_re[1][1];
    c259_coef_im[4] = coef_im[1][1];
    c259_coef_re[5] = coef_re[2][1];
    c259_coef_im[5] = coef_im[2][1];
  end



  assign tmp_re_39 = c259_coef_re[1];
  assign tmp_im_39 = c259_coef_im[1];



  assign tmp_re_40 = {tmp_re_39[11:0], 2'b00};
  assign tmp_im_40 = {tmp_im_39[11:0], 2'b00};



  assign ar_10 = tmp_re_40;



  assign br_8 = ud1_re;



  assign ai_10 = tmp_im_40;



  assign bi_8 = ud1_im;



  assign pr1_8 = ar_10 * br_8;



  assign pr1in_8 = {pr1_8[27], pr1_8};



  assign pr2_8 = ai_10 * bi_8;



  assign pr2in_8 = {pr2_8[27], pr2_8};



  assign pre_8 = pr1in_8 - pr2in_8;



  assign pi1_8 = ar_10 * bi_8;



  assign pi1in_8 = {pi1_8[27], pi1_8};



  assign pi2_8 = ai_10 * br_8;



  assign pi2in_8 = {pi2_8[27], pi2_8};



  assign pim_8 = pi1in_8 + pi2in_8;



  assign tmp_re_41 = pre_8;
  assign tmp_im_41 = pim_8;



  assign ar_11 = tmp_re_41;



  always @(posedge clk or posedge reset)
    begin : reduced_4_process
      if (reset == 1'b1) begin
        ar_12 <= 29'sb00000000000000000000000000000;
      end
      else begin
        if (enb) begin
          ar_12 <= ar_11;
        end
      end
    end



  assign ar_13 = ud1_re;



  assign p272tmp_cast = {ud1_im[13], ud1_im};
  assign p272tmp_cast_1 =  - (p272tmp_cast);
  assign tmp_1 = p272tmp_cast_1[13:0];



  assign tmp_re_42 = ud1_re;
  assign tmp_im_42 = tmp_1;



  assign br_9 = tmp_re_42;



  assign ai_11 = ud1_im;



  assign bi_9 = tmp_im_42;



  assign pr1_9 = ar_13 * br_9;



  assign pr1in_9 = {pr1_9[27], pr1_9};



  assign pr2_9 = ai_11 * bi_9;



  assign pr2in_9 = {pr2_9[27], pr2_9};



  assign pre_9 = pr1in_9 - pr2in_9;



  assign pi1_9 = ar_13 * bi_9;



  assign pi1in_9 = {pi1_9[27], pi1_9};



  assign pi2_9 = ai_11 * br_9;



  assign pi2in_9 = {pi2_9[27], pi2_9};



  assign pim_9 = pi1in_9 + pi2in_9;



  assign tmp_re_43 = pre_9;
  assign tmp_im_43 = pim_9;



  always @(posedge clk or posedge reset)
    begin : buff_out_pipe_5_process
      if (reset == 1'b1) begin
        tmp_re_44 <= 29'sb00000000000000000000000000000;
        tmp_im_44 <= 29'sb00000000000000000000000000000;
      end
      else begin
        if (enb) begin
          tmp_re_44 <= tmp_re_43;
          tmp_im_44 <= tmp_im_43;
        end
      end
    end



  assign tmp_re_45 = tmp_re_44[27:14];
  assign tmp_im_45 = tmp_im_44[27:14];



  assign br_10 = tmp_re_45;



  assign ai_12 = tmp_im_41;



  always @(posedge clk or posedge reset)
    begin : reduced_5_process
      if (reset == 1'b1) begin
        ai_13 <= 29'sb00000000000000000000000000000;
      end
      else begin
        if (enb) begin
          ai_13 <= ai_12;
        end
      end
    end



  assign bi_10 = tmp_im_45;



  assign multiplier_cast_16 = {1'b0, br_10};
  assign multiplier_mul_temp_16 = ar_12 * multiplier_cast_16;
  assign pr1_10 = multiplier_mul_temp_16[42:0];



  assign pr1in_10 = {pr1_10[42], pr1_10};



  assign multiplier_cast_17 = {1'b0, bi_10};
  assign multiplier_mul_temp_17 = ai_13 * multiplier_cast_17;
  assign pr2_10 = multiplier_mul_temp_17[42:0];



  assign pr2in_10 = {pr2_10[42], pr2_10};



  assign pre_10 = pr1in_10 - pr2in_10;



  assign multiplier_cast_18 = {1'b0, bi_10};
  assign multiplier_mul_temp_18 = ar_12 * multiplier_cast_18;
  assign pi1_10 = multiplier_mul_temp_18[42:0];



  assign pi1in_10 = {pi1_10[42], pi1_10};



  assign multiplier_cast_19 = {1'b0, br_10};
  assign multiplier_mul_temp_19 = ai_13 * multiplier_cast_19;
  assign pi2_10 = multiplier_mul_temp_19[42:0];



  assign pi2in_10 = {pi2_10[42], pi2_10};



  assign pim_10 = pi1in_10 + pi2in_10;



  assign tmp_re_46 = pre_10;
  assign tmp_im_46 = pim_10;



  always @(posedge clk or posedge reset)
    begin : buff_out_pipe_6_process
      if (reset == 1'b1) begin
        tmp_re_47 <= 44'sh00000000000;
        tmp_im_47 <= 44'sh00000000000;
      end
      else begin
        if (enb) begin
          tmp_re_47 <= tmp_re_46;
          tmp_im_47 <= tmp_im_46;
        end
      end
    end



  assign tmp_re_48 = tmp_re_47[38:25];
  assign tmp_im_48 = tmp_im_47[38:25];



  assign tmp_re_49 = {{3{tmp_re_48[13]}}, {tmp_re_48, 4'b0000}};
  assign tmp_im_49 = {{3{tmp_im_48[13]}}, {tmp_im_48, 4'b0000}};



  assign tmp_re_50 = tmp_re_38 + tmp_re_49;
  assign tmp_im_50 = tmp_im_38 + tmp_im_49;



  assign tmp_re_51 = {tmp_re_50[20], tmp_re_50};
  assign tmp_im_51 = {tmp_im_50[20], tmp_im_50};



  always @* begin
    c261_coef_re[0] = coef_re[0][0];
    c261_coef_im[0] = coef_im[0][0];
    c261_coef_re[1] = coef_re[1][0];
    c261_coef_im[1] = coef_im[1][0];
    c261_coef_re[2] = coef_re[2][0];
    c261_coef_im[2] = coef_im[2][0];
    c261_coef_re[3] = coef_re[0][1];
    c261_coef_im[3] = coef_im[0][1];
    c261_coef_re[4] = coef_re[1][1];
    c261_coef_im[4] = coef_im[1][1];
    c261_coef_re[5] = coef_re[2][1];
    c261_coef_im[5] = coef_im[2][1];
  end



  assign tmp_re_52 = c261_coef_re[2];
  assign tmp_im_52 = c261_coef_im[2];



  assign tmp_re_53 = {tmp_re_52[12:0], 1'b0};
  assign tmp_im_53 = {tmp_im_52[12:0], 1'b0};



  assign ar_14 = tmp_re_53;



  assign br_11 = ud1_re;



  assign ai_14 = tmp_im_53;



  assign bi_11 = ud1_im;



  assign multiplier_cast_20 = {1'b0, ar_14};
  assign multiplier_mul_temp_20 = multiplier_cast_20 * br_11;
  assign pr1_11 = multiplier_mul_temp_20[27:0];



  assign pr1in_11 = {pr1_11[27], pr1_11};



  assign multiplier_cast_21 = {1'b0, ai_14};
  assign multiplier_mul_temp_21 = multiplier_cast_21 * bi_11;
  assign pr2_11 = multiplier_mul_temp_21[27:0];



  assign pr2in_11 = {pr2_11[27], pr2_11};



  assign pre_11 = pr1in_11 - pr2in_11;



  assign multiplier_cast_22 = {1'b0, ar_14};
  assign multiplier_mul_temp_22 = multiplier_cast_22 * bi_11;
  assign pi1_11 = multiplier_mul_temp_22[27:0];



  assign pi1in_11 = {pi1_11[27], pi1_11};



  assign multiplier_cast_23 = {1'b0, ai_14};
  assign multiplier_mul_temp_23 = multiplier_cast_23 * br_11;
  assign pi2_11 = multiplier_mul_temp_23[27:0];



  assign pi2in_11 = {pi2_11[27], pi2_11};



  assign pim_11 = pi1in_11 + pi2in_11;



  assign tmp_re_54 = pre_11;
  assign tmp_im_54 = pim_11;



  assign ar_15 = tmp_re_54;



  always @(posedge clk or posedge reset)
    begin : reduced_6_process
      if (reset == 1'b1) begin
        ar_16 <= 29'sb00000000000000000000000000000;
      end
      else begin
        if (enb) begin
          ar_16 <= ar_15;
        end
      end
    end



  assign ar_17 = tmp_re_45;



  assign br_12 = tmp_re_45;



  assign ai_15 = tmp_im_45;



  assign bi_12 = tmp_im_45;



  assign pr1_12 = ar_17 * br_12;



  assign pr1in_12 = {1'b0, pr1_12};



  assign pr2_12 = ai_15 * bi_12;



  assign pr2in_12 = {1'b0, pr2_12};



  assign pre_12 = pr1in_12 - pr2in_12;



  assign pi1_12 = ar_17 * bi_12;



  assign pi1in_12 = {1'b0, pi1_12};



  assign pi2_12 = ai_15 * br_12;



  assign pi2in_12 = {1'b0, pi2_12};



  assign pim_12 = pi1in_12 + pi2in_12;



  assign tmp_re_55 = pre_12;
  assign tmp_im_55 = pim_12;



  assign br_13 = tmp_re_55;



  assign ai_16 = tmp_im_54;



  always @(posedge clk or posedge reset)
    begin : reduced_7_process
      if (reset == 1'b1) begin
        ai_17 <= 29'sb00000000000000000000000000000;
      end
      else begin
        if (enb) begin
          ai_17 <= ai_16;
        end
      end
    end



  assign bi_13 = tmp_im_55;



  assign multiplier_cast_24 = {1'b0, br_13};
  assign multiplier_mul_temp_24 = ar_16 * multiplier_cast_24;
  assign pr1_13 = multiplier_mul_temp_24[57:0];



  assign pr1in_13 = {pr1_13[57], pr1_13};



  assign multiplier_cast_25 = {1'b0, bi_13};
  assign multiplier_mul_temp_25 = ai_17 * multiplier_cast_25;
  assign pr2_13 = multiplier_mul_temp_25[57:0];



  assign pr2in_13 = {pr2_13[57], pr2_13};



  assign pre_13 = pr1in_13 - pr2in_13;



  assign multiplier_cast_26 = {1'b0, bi_13};
  assign multiplier_mul_temp_26 = ar_16 * multiplier_cast_26;
  assign pi1_13 = multiplier_mul_temp_26[57:0];



  assign pi1in_13 = {pi1_13[57], pi1_13};



  assign multiplier_cast_27 = {1'b0, br_13};
  assign multiplier_mul_temp_27 = ai_17 * multiplier_cast_27;
  assign pi2_13 = multiplier_mul_temp_27[57:0];



  assign pi2in_13 = {pi2_13[57], pi2_13};



  assign pim_13 = pi1in_13 + pi2in_13;



  assign tmp_re_56 = pre_13;
  assign tmp_im_56 = pim_13;



  always @(posedge clk or posedge reset)
    begin : buff_out_pipe_7_process
      if (reset == 1'b1) begin
        tmp_re_57 <= 59'sh000000000000000;
        tmp_im_57 <= 59'sh000000000000000;
      end
      else begin
        if (enb) begin
          tmp_re_57 <= tmp_re_56;
          tmp_im_57 <= tmp_im_56;
        end
      end
    end



  assign tmp_re_58 = tmp_re_57[51:38];
  assign tmp_im_58 = tmp_im_57[51:38];



  assign tmp_re_59 = {{4{tmp_re_58[13]}}, {tmp_re_58, 4'b0000}};
  assign tmp_im_59 = {{4{tmp_im_58[13]}}, {tmp_im_58, 4'b0000}};



  assign tmp_re_60 = tmp_re_51 + tmp_re_59;
  assign tmp_im_60 = tmp_im_51 + tmp_im_59;



  assign y_re = tmp_re_60[15:2];
  assign y_im = tmp_im_60[15:2];



  assign ce_out = clk_enable;

endmodule  // Naive_opt_fixpt